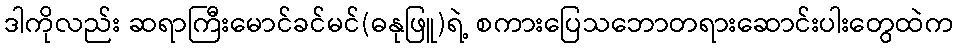
ဒါကိုလည်း ဆရာကြီးမောင်ခင်မင်(ဓနုဖြူ)ရဲ့ စကားပြေသဘောတရားဆောင်းပါးတွေထဲက